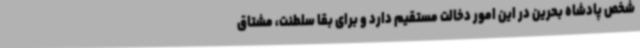
شخص پادشاه بحرین در این امور دخالت مستقیم دارد و برای بقا سلطنت، مشتاق